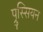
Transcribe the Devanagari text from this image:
प्रुस्सियन